Quinine and its salts - Number 41
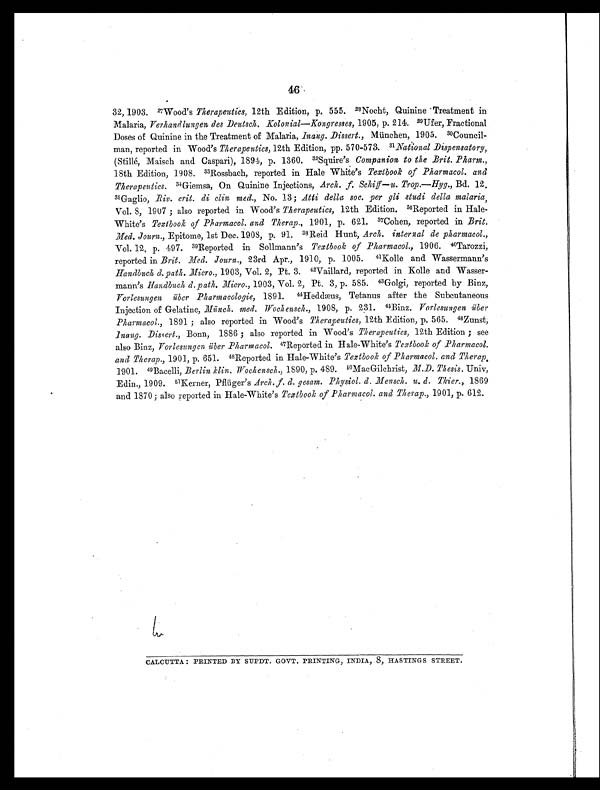
46
32, 1903. 27Wood's Therapeutics, 12th Edition, p. 555. 28 Nocht, Quinine Treatment in
Malaria, Verhandlungen des Deutsch. Kolonial—Kongresses, 1905, p. 214. 29 Ufer, Fractional
Doses of Quinine in the Treatment of Malaria, _Inang. Dissert., München, 1905. 30Council-
man, reported in Wood's Therapeutics, 12th Edition, pp. 570-573. 31National Dispensatory,
(Stille
Maisch and Caspari), 1894, p. 1360. 32Squire's Companion to the Brit. Pharm.,
18th Edition, 1908. 33Rossbach, reported in Hale White's Textbook of Pharmacol. and
Therapeutics. 34 Giemsa, On Quinine Injections, Arch. f. Schiff—u. Trop.—Hyg., Bd. 12.
35 Gaglio, Biv. crit. di clin med., No. 13 ; Atti della soc. per gli studi della malaria,
Vol. 8, 1907 ; also reported in Wood's Therapeutics, 12th Edition. 36Reported in Hale-
White's Textbook of Pharmacol. and Therap., 1901, p. 621. 37Cohen, reported in Brit.
Med. Journ., Epitome, 1st Dec. 1908, p. 91. 38 Reid Hunt, Arch. internal de pharmacol.,
Vol. 12, p. 497. 39Reported in Sollmann's Textbook of Pharmacol., 1906. 40Tarozzi,
reported in Brit. Med. Journ., 23rd Apr., 1910, p. 1005. 41 Kolle and Wassermann's
Handbuch d. path. Micro., 1903, Vol. 2, Pt. 3. 42Vaillard, reported in Kolle and Wasser-
mann's Handbuch, d. path. Micro., 1903, Vol. 2, Pt. 3, p. 585. 43 Golgi, reported by Binz,
Vorlesungen iiber Pharmacologie, 1891. 41Heddæus, Tetanus after the Subcutaneous
Injection of Gelatine, M iinch. med. Wochensch.,1 9 0 8 , p . 2 3 1 .
4 5
B i n z .
V o r l e s u n g e n i i b e r
Pharmacol., 1891 ; also reported in Wood's Therapeutics, 12th Edition, p. 565. 40Zunst,
Inaug. Disert., Bonn, 1886 ; also reported in Wood's Therapeutics, 12th Edition ; see
also Binz, Vorlesungen iiber Pharmacol. 47Reported in Hale-White's Textbook of Pharmacol.
and Therap., 1901, p. 651. 48Reported in Hale-White's Textbook of Pharmacol. and Therap,
1901. 49 Bacelli, Berlin klin. Wochensch., 1890, p. 489. 50 MacGilchrist, M.D. Thesis. Univ,
Edin., 1909. 51Kerner, Paiger's Arch. f. d. gesam. Physiol. d. Mensch. u. d. Thier., 1869
and 1870; also reported in Hale-White's Textbook of Pharmacol. and Therap., 1901, p. 612.
CALCUTTA : PRINTED BY SUPDT. GOVT. PRINTING, INDIA, 8, HASTINGS STREET.